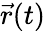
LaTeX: {\vec{r}}(t)